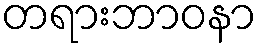
တရားဘာဝနာ